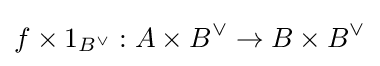
f\times 1_{B^{\vee }}:A\times B^{\vee }\to B\times B^{\vee }